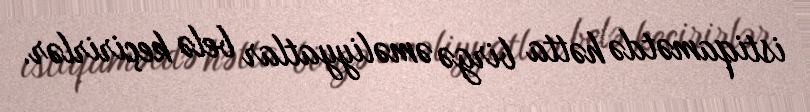
istiqamətdə hətta birgə əməliyyatlar belə keçirirlər.